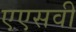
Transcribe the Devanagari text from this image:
एएसवी